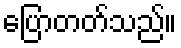
ပြောတတ်သည်။